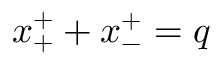
x _ { + } ^ { + } + x _ { - } ^ { + } = q